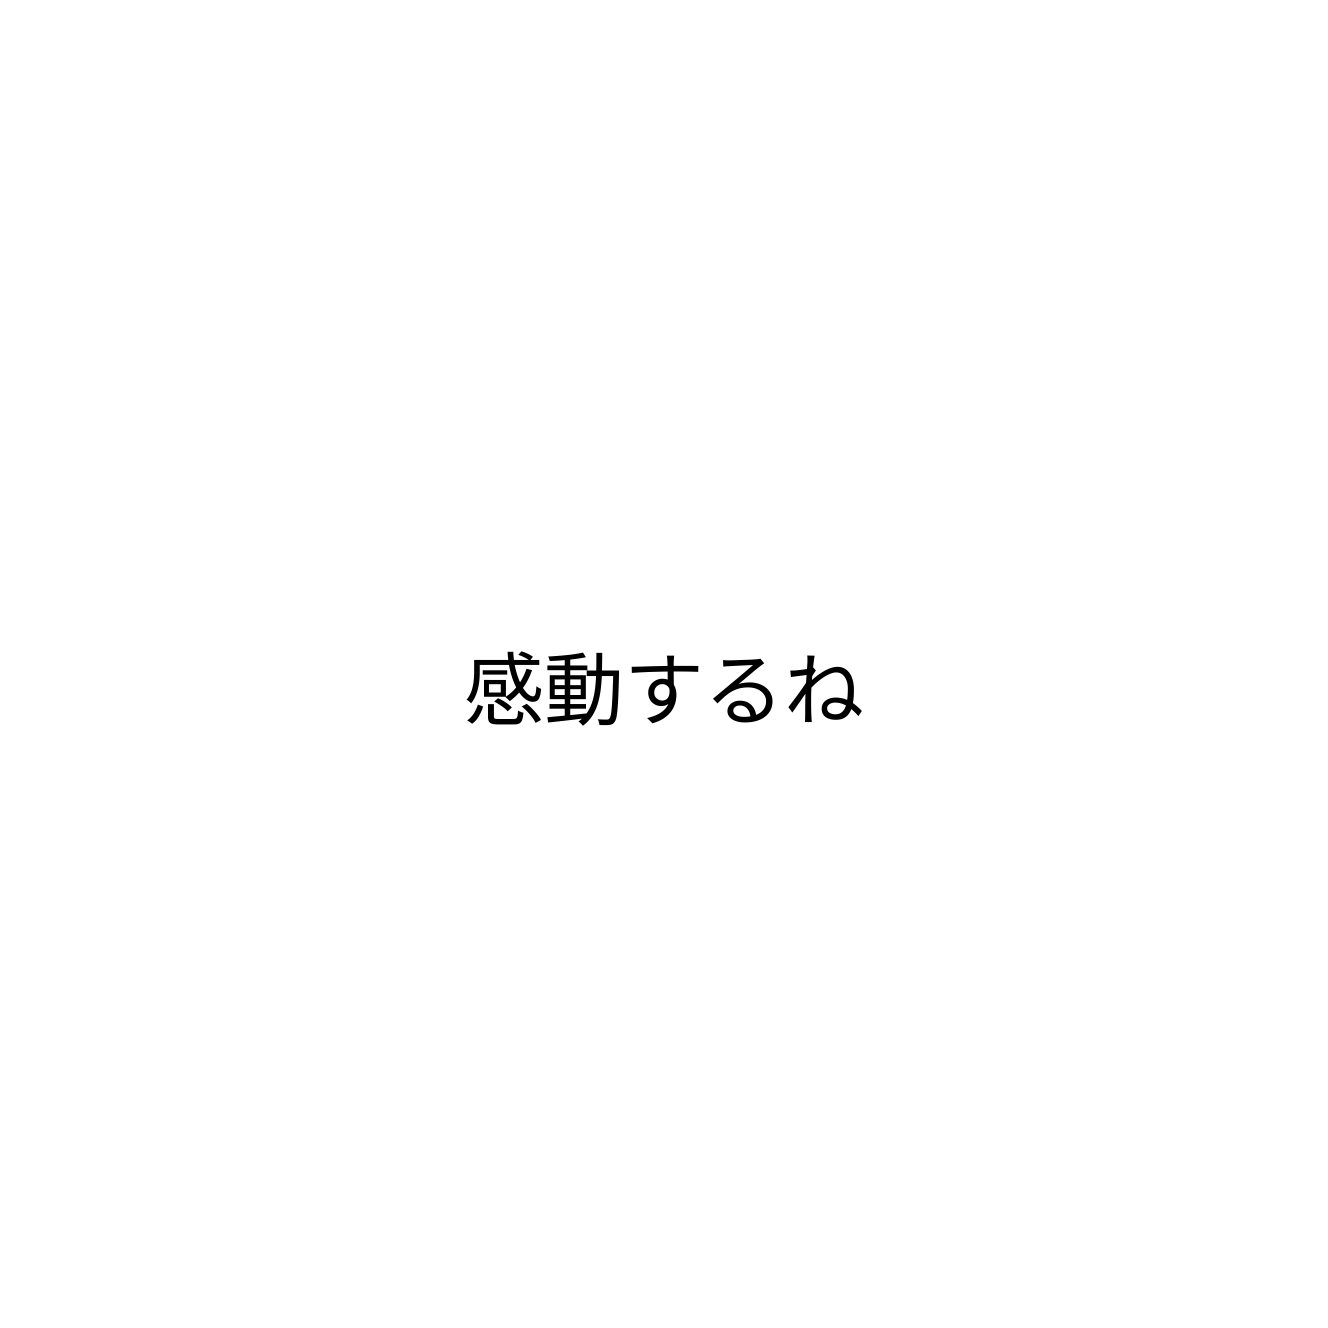
感動するね